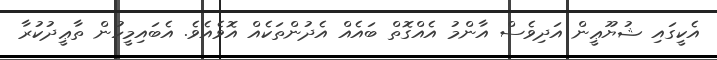
އެކީގައި ޝުޔޫޢީން އަދިވެސް އާންމު އެއްގޮތް ބައެއް އެދުންތަކެއް އޮވެއެވެ. އެބައިމީހުން ތާޢީދުކުރާ